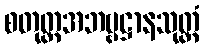
စတုတ္ထအဘဗ္ဗဋ္ဌာနသုတ္တံ